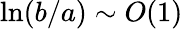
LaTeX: \ln(b/a)\sim O(1)